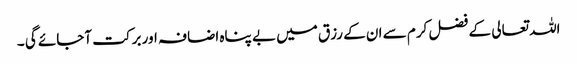
اللہ تعالی کے فضل کرم سے ان کے رزق میں بے پناہ اضافہ اور برکت آجائے گی ۔